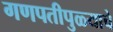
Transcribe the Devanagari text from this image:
गणपतीपुळ्याचे